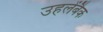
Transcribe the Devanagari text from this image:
उहलेंबैक